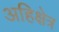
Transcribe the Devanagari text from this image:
अहिक्षेत्र